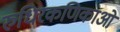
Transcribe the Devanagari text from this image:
रुधिरकणिकाओं